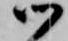
御